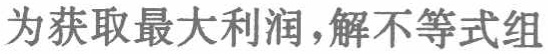
为获取最大利润，解不等式组